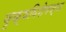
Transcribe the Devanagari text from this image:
वृक्षविशेषज्ञ